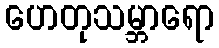
ဟေတုသမ္ဘာရော